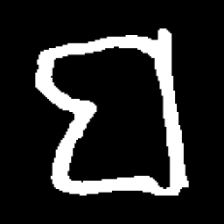
Pyu character \u2014 Myanmar letter: ဗ (romanized: ba)